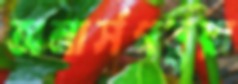
অনার্সপড়ুয়া